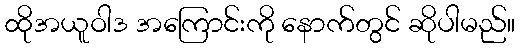
ထိုအယူဝါဒ အကြောင်းကို နောက်တွင် ဆိုပါမည်။